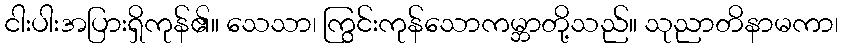
ငါးပါးအပြားရှိကုန်၏။ သေသာ၊ ကြွင်းကုန်သောကမ္ဘာတို့သည်။ သုညာတိနာမကာ၊